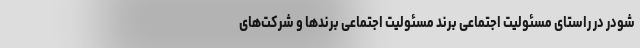
شودر در راستای مسئولیت اجتماعی برند مسئولیت اجتماعی برندها و شرکت‌های